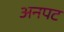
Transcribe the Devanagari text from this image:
अनपट